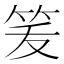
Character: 𰩶